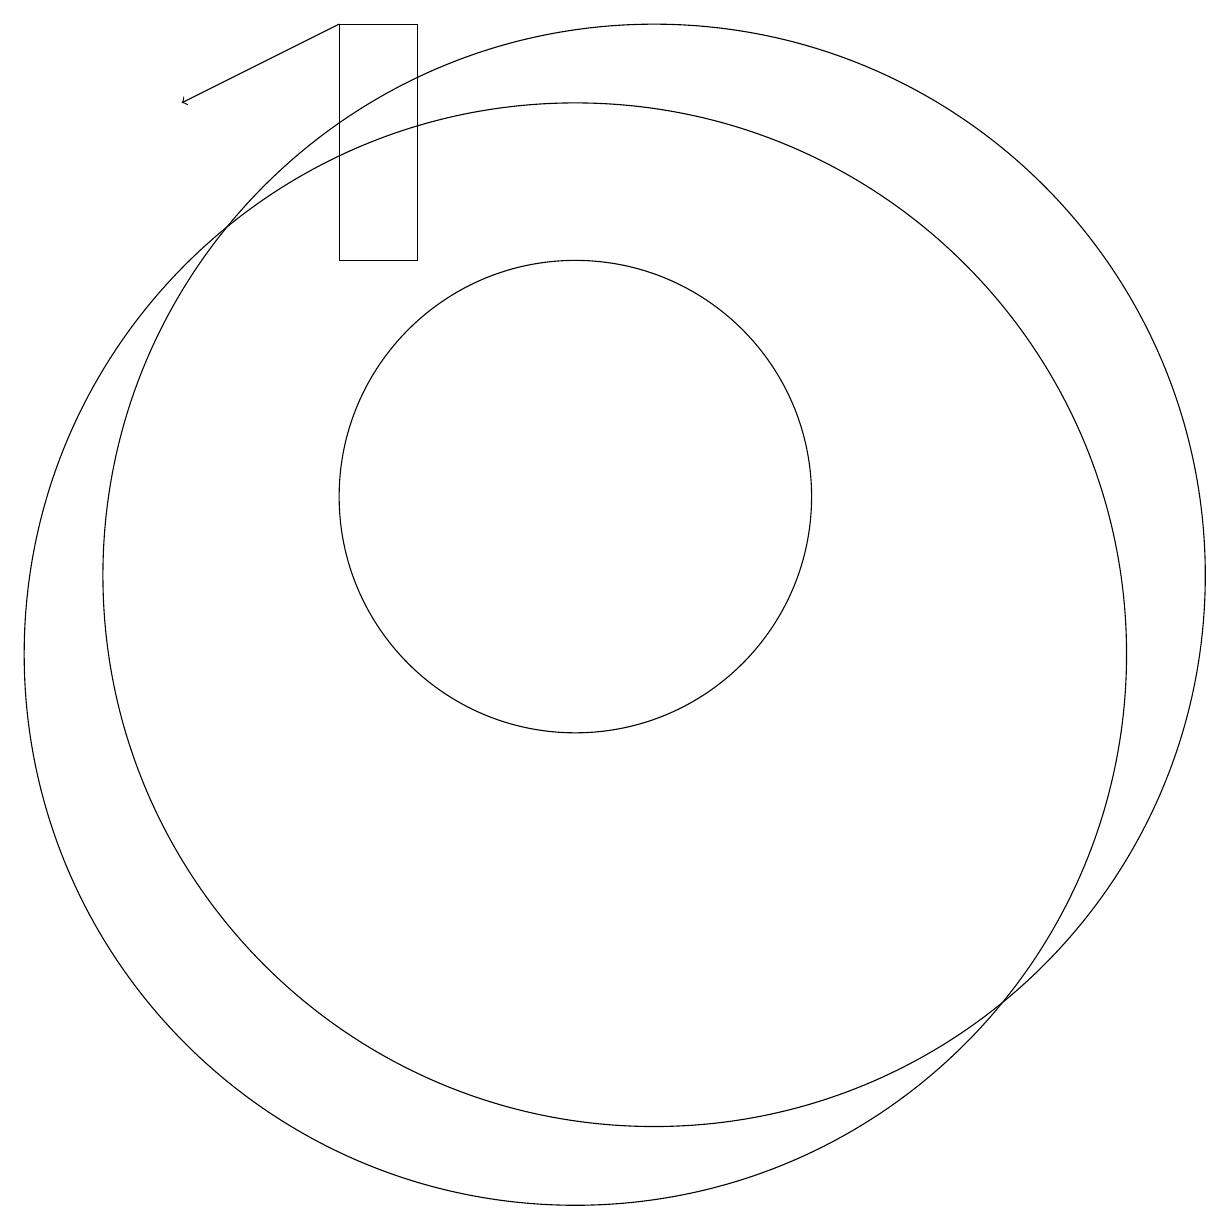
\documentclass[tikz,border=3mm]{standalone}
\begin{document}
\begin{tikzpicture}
\draw (10,10) circle (7);
\draw[->] (7,18) -- (5,17);
\draw (10,12) circle (3);
\draw (11,11) circle (7);
\draw (7,18) rectangle (8,15);
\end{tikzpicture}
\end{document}